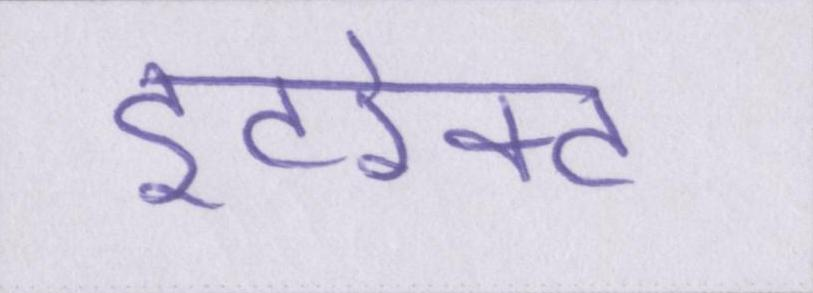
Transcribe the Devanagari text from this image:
इंटरेक्ट